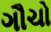
ગૌચો